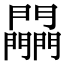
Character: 𨷮